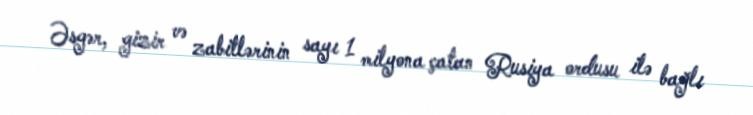
Əsgər, gizir və zabitlərinin sayı 1 milyona çatan Rusiya ordusu ilə bağlı